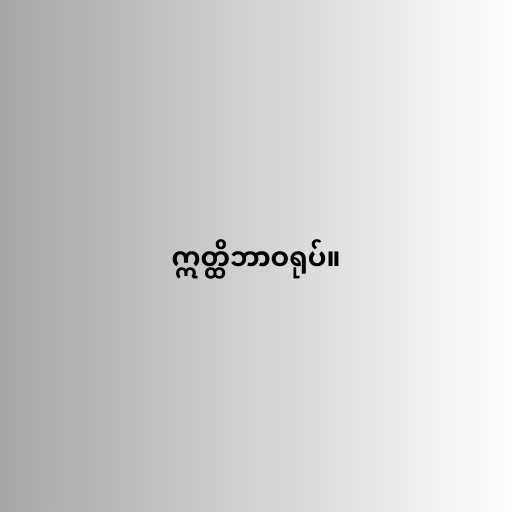
ဣတ္ထိဘာဝရုပ်။